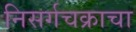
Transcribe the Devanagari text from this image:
निसर्गचक्राचा